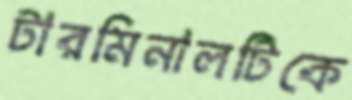
টারমিনালটিকে